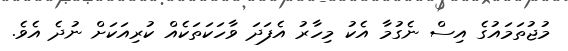
މުޖުތަމައުގެ އިސް ނެގުމާ އެކު މިހާރު އެފަދަ ވާހަކަތަކެއް ކުރިއަކަށް ނުދެ އެވެ.